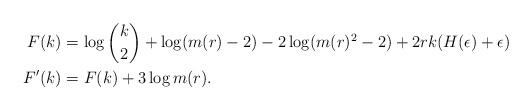
LaTeX: \begin{align*}F(k)&=\log {k\choose 2} + \log(m(r)-2) - 2\log(m(r)^2-2) +2rk(H(\epsilon)+\epsilon) \\F'(k) &= F(k) +3\log m(r).\end{align*}